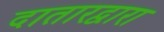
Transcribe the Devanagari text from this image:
दातारद्वारा